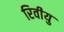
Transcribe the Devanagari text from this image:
रिवीयु